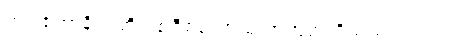
တူ။ ဧတာနိပိ၊ ထိုပထဝီစသော မဟာဘုတ်တို့သည်လည်း။